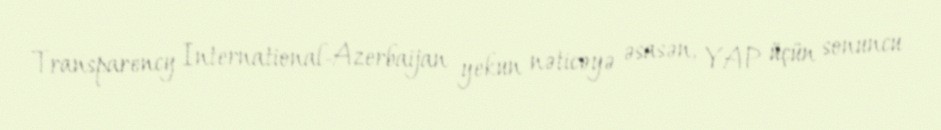
Transparency International-Azerbaijan yekun nəticəyə əsasən, YAP üçün sonuncu